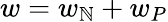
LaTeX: w=w_{\mathbb{N}}+w_{P}